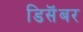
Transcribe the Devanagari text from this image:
डिसॆंबर